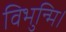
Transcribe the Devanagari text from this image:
विभुन्मि।